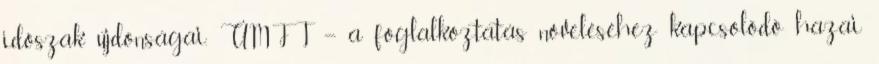
időszak újdonságai. ÚMFT – a foglalkoztatás növeléséhez kapcsolódó hazai